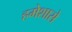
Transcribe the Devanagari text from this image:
हमेशासे